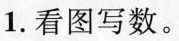
1. 看图写数。